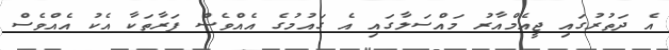
އެ ދަތުރުގައި ޖީއެމްއާރު މައްސަލާގައި އެ ގައުމުގެ އެއްވެސް ފަރާތަކާ އެކު އެއްވެސް